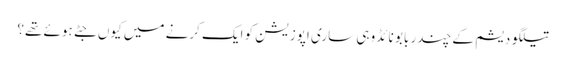
تیلگو دیشم کے چندر بابو نائڈو ہی ساری اپوزیشن کو ایک کرنے میں کیوں جٹے ہوئے تھے؟